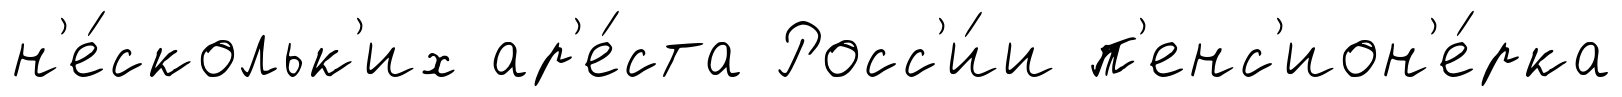
н'е́скольк'их ар'е́ста Росс'и́и п'енс'ион'е́рка